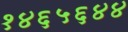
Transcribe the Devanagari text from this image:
१४६५६४४